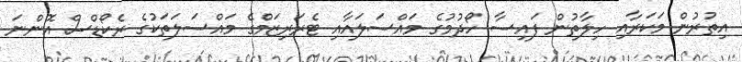
އިތުރުން މަކަރާއި ހިލާތުން ފައިސާ ހޯދުމުގެ މައްސަލައާއި ޓެރަރިޒަމްގެ މައްސަލަތަކުގެ ރެކޯޑްސް އޮންނަ